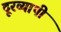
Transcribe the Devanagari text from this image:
दूरव्यापी